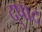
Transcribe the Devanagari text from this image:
दुषाद